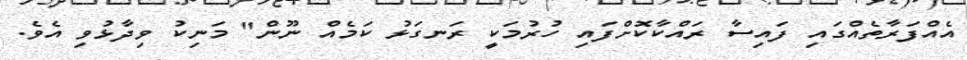
އެއްފަރާތެއްގައި ފައިސާ ރައްކާކޮށްފައި ހުރުމަކީ ރަނގަޅު ކަމެއް ނޫން" މަނިކު ވިދާޅުވި އެވެ.